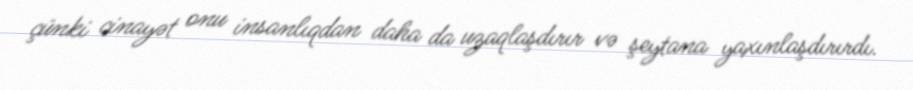
çünki cinayət onu insanlıqdan daha da uzaqlaşdırır və şeytana yaxınlaşdırırdı.